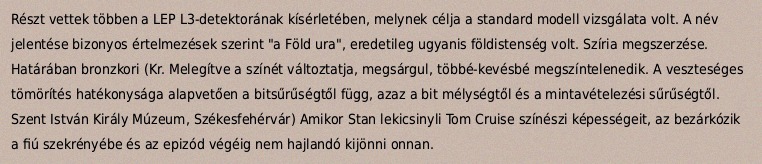
Részt vettek többen a LEP L3-detektorának kísérletében, melynek célja a standard modell vizsgálata volt. A név jelentése bizonyos értelmezések szerint "a Föld ura", eredetileg ugyanis földistenség volt. Szíria megszerzése. Határában bronzkori (Kr. Melegítve a színét változtatja, megsárgul, többé-kevésbé megszíntelenedik. A veszteséges tömörítés hatékonysága alapvetően a bitsűrűségtől függ, azaz a bit mélységtől és a mintavételezési sűrűségtől. Szent István Király Múzeum, Székesfehérvár) Amikor Stan lekicsinyli Tom Cruise színészi képességeit, az bezárkózik a fiú szekrényébe és az epizód végéig nem hajlandó kijönni onnan.